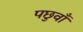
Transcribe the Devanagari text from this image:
पछुवाँ